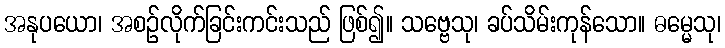
အနုပယော၊ အစဉ်လိုက်ခြင်းကင်းသည် ဖြစ်၍။ သဗ္ဗေသု၊ ခပ်သိမ်းကုန်သော။ ဓမ္မေသု၊